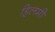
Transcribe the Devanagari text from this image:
हिलमी